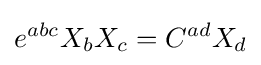
e^{abc}X_{b}X_{c}=C^{ad}X_{d}